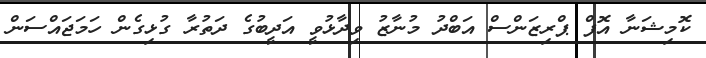
ކޮމިޝަނާ އޮފް ޕްރިޒަންސް އަބްދު މުނާޒު ވިދާޅުވީ އަދީބުގެ ދަތުރާ ގުޅިގެން ހަމަޖައްސަން